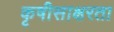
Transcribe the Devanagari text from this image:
कृषीसाक्षरता